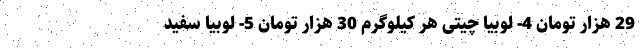
29 هزار تومان 4- لوبیا چیتی هر کیلوگرم 30 هزار تومان 5- لوبیا سفید